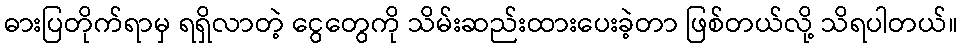
ဓားပြတိုက်ရာမှ ရရှိလာတဲ့ ငွေတွေကို သိမ်းဆည်းထားပေးခဲ့တာ ဖြစ်တယ်လို့ သိရပါတယ်။